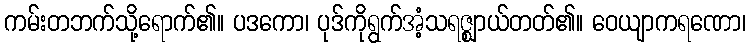
ကမ်းတဘက်သို့ရောက်၏။ ပဒကော၊ ပုဒ်ကိုရွက်အံ့သရဇ္ဈာယ်တတ်၏။ ဝေယျာကရဏော၊